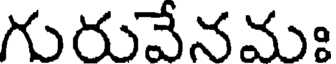
గురువేనమః